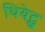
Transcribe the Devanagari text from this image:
थियेट्स्र